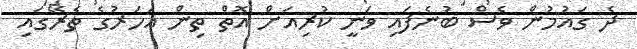
ދެ ގައުމުން ވެސް ބުނެފައި ވަނީ ކުރިއަށް އޮތް ތިން އަހަރުގެ ތެރޭގައި